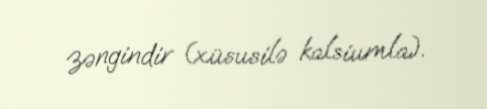
zəngindir (xüsusilə kalsiumla).